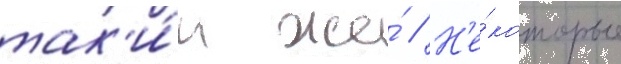
так'и́м же́ // Н'е́которые